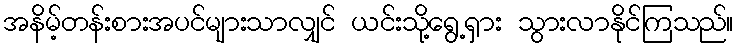
အနိမ့်တန်းစားအပင်များသာလျှင် ယင်းသို့ရွေ့ရှား သွားလာနိုင်ကြသည်။